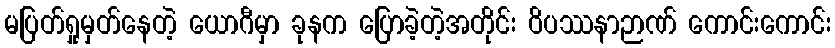
မပြတ်ရှုမှတ်နေတဲ့ ယောဂီမှာ ခုနက ပြောခဲ့တဲ့အတိုင်း ဝိပဿနာဉာဏ် ကောင်းကောင်း